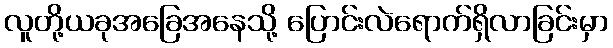
လူတို့ယခုအခြေအနေသို့ ပြောင်းလဲရောက်ရှိလာခြင်းမှာ